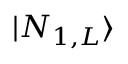
| N _ { 1 , L } \rangle